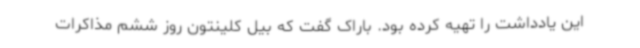
این یادداشت را تهیه کرده بود. باراک گفت که بیل کلینتون روز ششم مذاکرات